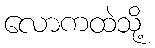
လောကထဲသို့